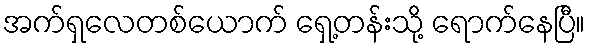
အက်ရှလေတစ်ယောက် ရှေ့တန်းသို့ ရောက်နေပြီ။